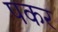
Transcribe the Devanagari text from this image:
पकर